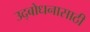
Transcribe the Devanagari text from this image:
उद्बोधनासाठी